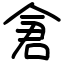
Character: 𫝉